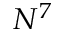
N ^ { 7 }